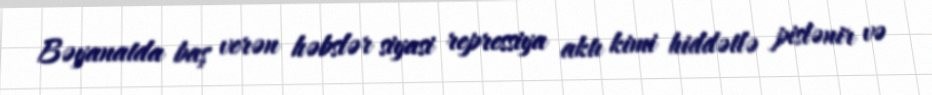
Bəyanatda baş verən həbslər siyasi repressiya aktı kimi hiddətlə pislənir və